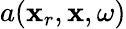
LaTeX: a(\mathbf{x}_{r},\mathbf{x},\omega)